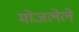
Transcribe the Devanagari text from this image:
मोजलेले